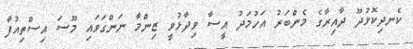
ކެނދިކޮޅުދޫ ދާއިރާގެ މެންބަރު އަހުމަދު އީސާ ވިދާޅުވީ ޒިންމާ ނަންގަވައި މޫސަ އިސްތިއުފާ